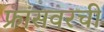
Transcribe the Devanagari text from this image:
फ्रांसवरची